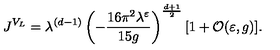
J ^ { V _ { L } } = \lambda ^ { ( d - 1 ) } \left( - \frac { 1 6 \pi ^ { 2 } \lambda ^ { \varepsilon } } { 1 5 g } \right) ^ { \frac { d + 1 } { 2 } } [ 1 + { \cal O } ( \varepsilon , g ) ] .